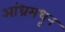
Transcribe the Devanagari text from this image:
आंध्रमधून